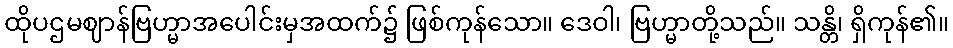
ထိုပဌမဈာန်ဗြဟ္မာအပေါင်းမှအထက်၌ ဖြစ်ကုန်သော။ ဒေဝါ၊ ဗြဟ္မာတို့သည်။ သန္တိ၊ ရှိကုန်၏။